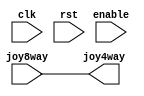
// This program was cloned from: https://github.com/atrac17/Toaplan2
// License: GNU General Public License v3.0

/*  This file is part of JT_FRAME.
    JTFRAME program is free software: you can redistribute it and/or modify
    it under the terms of the GNU General Public License as published by
    the Free Software Foundation, either version 3 of the License, or
    (at your option) any later version.

    JTFRAME program is distributed in the hope that it will be useful,
    but WITHOUT ANY WARRANTY; without even the implied warranty of
    MERCHANTABILITY or FITNESS FOR A PARTICULAR PURPOSE.  See the
    GNU General Public License for more details.

    You should have received a copy of the GNU General Public License
    along with JTFRAME.  If not, see <http://www.gnu.org/licenses/>.

    Author: Jose Tejada Gomez. Twitter: @topapate
    Version: 1.0
    Date: 10-5-2020 */

module jtframe_4wayjoy(
    input            clk,
    input            rst,
    input            enable,
    input      [3:0] joy8way,
    output reg [3:0] joy4way
);

`ifndef JTFRAME_SUPPORT_4WAY
    always @(*) joy4way = joy8way;
`else
always @(posedge clk, posedge rst) begin
    if( rst ) begin
        joy4way <= 4'd0;
    end else begin
        if( !enable ) begin
            joy4way <= joy8way;
        end else begin
            if( joy8way==4'b0001 || joy8way==4'b0010 ||
                joy8way==4'b0100 || joy8way==4'b1000 || joy8way==4'b0000 )
                joy4way <= joy8way;
        end
    end
end
`endif

endmodule